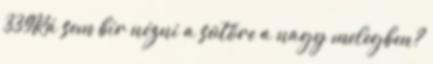
339Rá sem bír nézni a sütőre a nagy melegben?